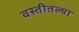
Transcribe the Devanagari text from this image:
वस्तीतल्या